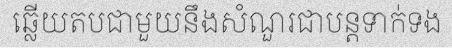
ឆ្លើយតបជាមួយនឹងសំណួរជាបន្តទាក់ទង